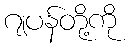
ဂျပန်တို့ကို